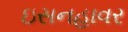
ઇસનહાવર